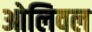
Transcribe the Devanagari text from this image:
ओलिवल